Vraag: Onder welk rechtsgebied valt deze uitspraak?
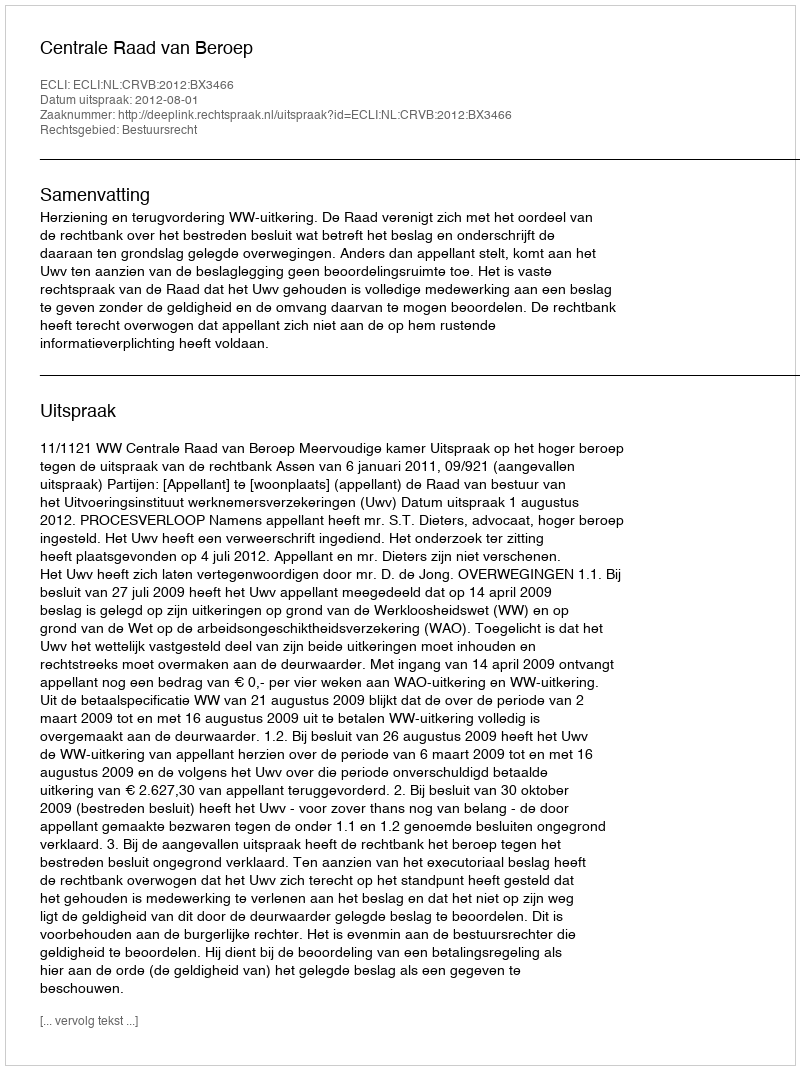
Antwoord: Bestuursrecht